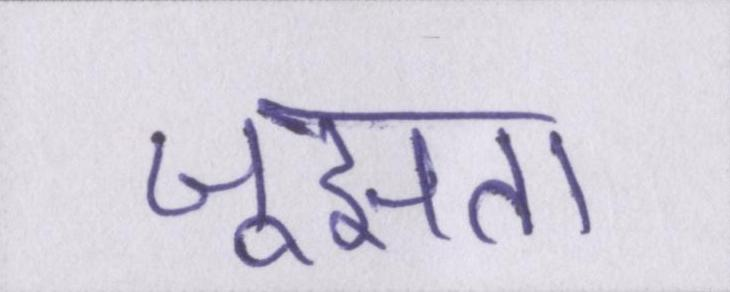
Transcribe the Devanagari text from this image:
जूझता